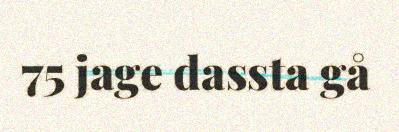
75 jage dassta gå